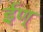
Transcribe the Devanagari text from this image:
ईण्